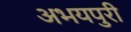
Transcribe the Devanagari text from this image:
अभयपुरी